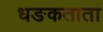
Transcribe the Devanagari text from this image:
धङकताता